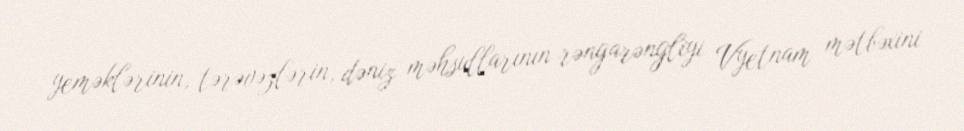
yeməklərinin, tərəvəzlərin, dəniz məhsullarının rəngarəngliyi Vyetnam mətbəxini